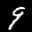
Label: 9